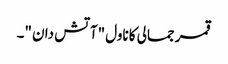
قمر جمالی کا ناول "آتش دان "۔